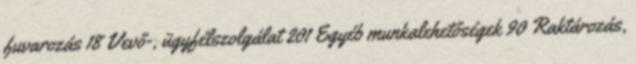
fuvarozás 18 Vevő-, ügyfélszolgálat 201 Egyéb munkalehetőségek 90 Raktározás,